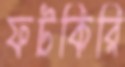
ফটকিরি